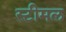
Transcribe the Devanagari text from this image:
स्टीमल